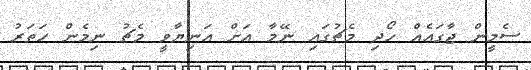
ސެމީން ޖާގައެއް ހޯދި މެޗުގައި ނޭމާ އަށް އަނިޔާވީ މެޗު ނިމެން ހަތަރު